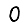
Digit: 0